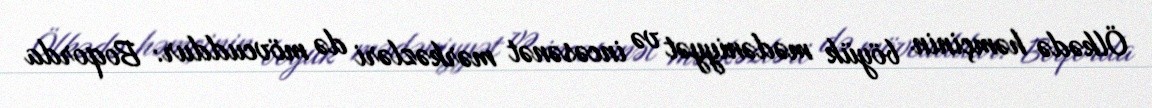
Ölkədə həmçinin böyük mədəniyyət və incəsənət mərkəzləri də mövcuddur: Boqorda